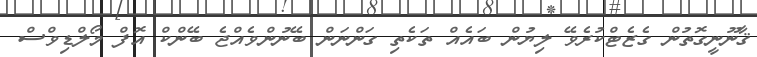
ޤާނޫނީގޮތުން ގެޒެޓްކުރެވޭ ލިޔުން ބައެއް ތަކެތި ގަންނަން ބޭނުންވެއްޖެ ބޭންކް އޮފް މޯލްޑިވްސް